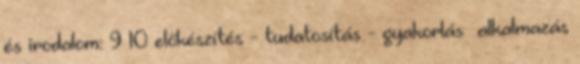
és irodalom: 9 10 előkészítés - tudatosítás - gyakorlás alkalmazás